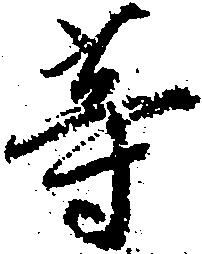
等